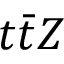
t \bar { t } Z